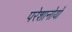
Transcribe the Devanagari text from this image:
परेशानोयों